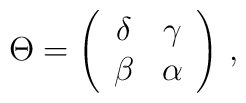
\Theta = \left(\begin{array}{cc}\delta & \gamma \\\beta & \alpha\end{array}\right) \,,